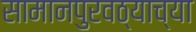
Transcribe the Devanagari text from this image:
सामानपुरवठ्याच्या